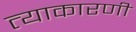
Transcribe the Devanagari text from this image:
त्याकारणी